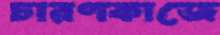
চারণকাজে